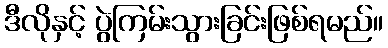
ဒီလိုနှင့် ပွဲကြမ်းသွားခြင်းဖြစ်ရမည်။